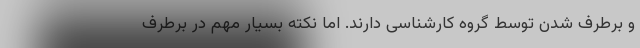
و برطرف شدن توسط گروه کارشناسی دارند. اما نکته بسیار مهم در برطرف